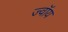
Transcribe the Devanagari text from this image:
ज्वॉय